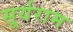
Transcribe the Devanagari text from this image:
सूर्यराम